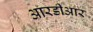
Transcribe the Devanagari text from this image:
आरडीआर